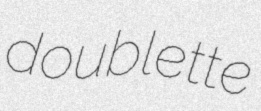
doublette